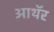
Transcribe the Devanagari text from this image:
आथॅर